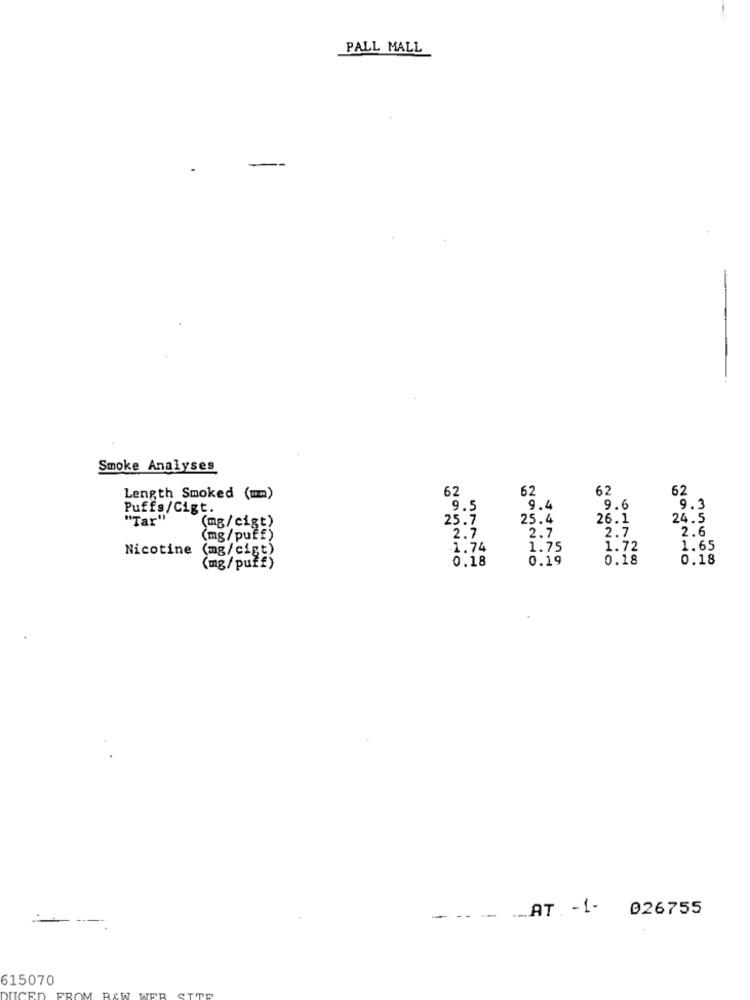
PALL MALL
-
Smoke Analyses
62
62
62
62
Length Smoked (mm)
Puffs/Cigt.
9.5
9.4
9.6
9.3
"Tar"
(mg/cigt)
25.7
25.4
26.1
24.5
2.7
2.7
2.6
(mg/puff)
2.7
Nicotine
(mg/cigt)
1.74
1.75
1.72
1.65
0.18
0.19
0.18
0.18
(mg/puł£)
--- -
_AT. - 1-
026755
615070
FROM RAW
DUCED
TIME